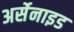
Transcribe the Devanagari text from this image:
अर्सेनाइड